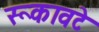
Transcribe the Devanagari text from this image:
रूकावटे